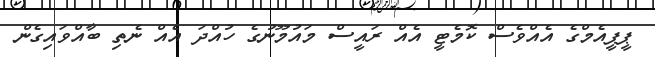
ޕީޕީއެމްގެ އެއްވެސް ކޮމެޓީ އެއް ރައީސް މައުމޫނުގެ ހުއްދަ އެއް ނެތި ބާއްވައިގެން